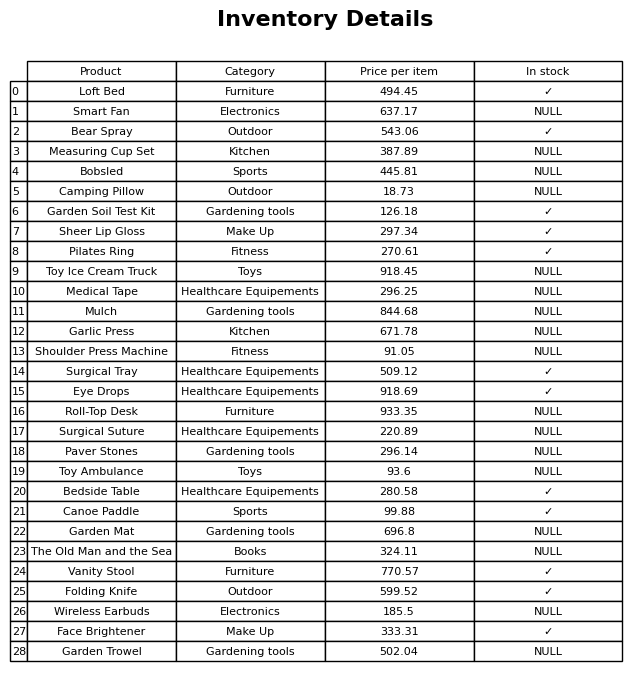
question: Which products are currently out of stock?
answer: Smart Fan, Measuring Cup Set, Bobsled, Camping Pillow, Toy Ice Cream Truck, Medical Tape, Mulch, Garlic Press, Shoulder Press Machine, Roll-Top Desk, Surgical Suture, Paver Stones, Toy Ambulance, Garden Mat, The Old Man and the Sea, Wireless Earbuds, Garden Trowel